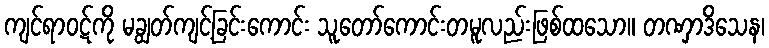
ကျင်ရာဝဋ်ကို မချွတ်ကျင့်ခြင်းကောင်း သူတော်ကောင်းတမူလည်းဖြစ်ထသော။ တဏှာဒိသေန၊